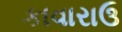
કાવારાઉ